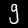
Digit: 9